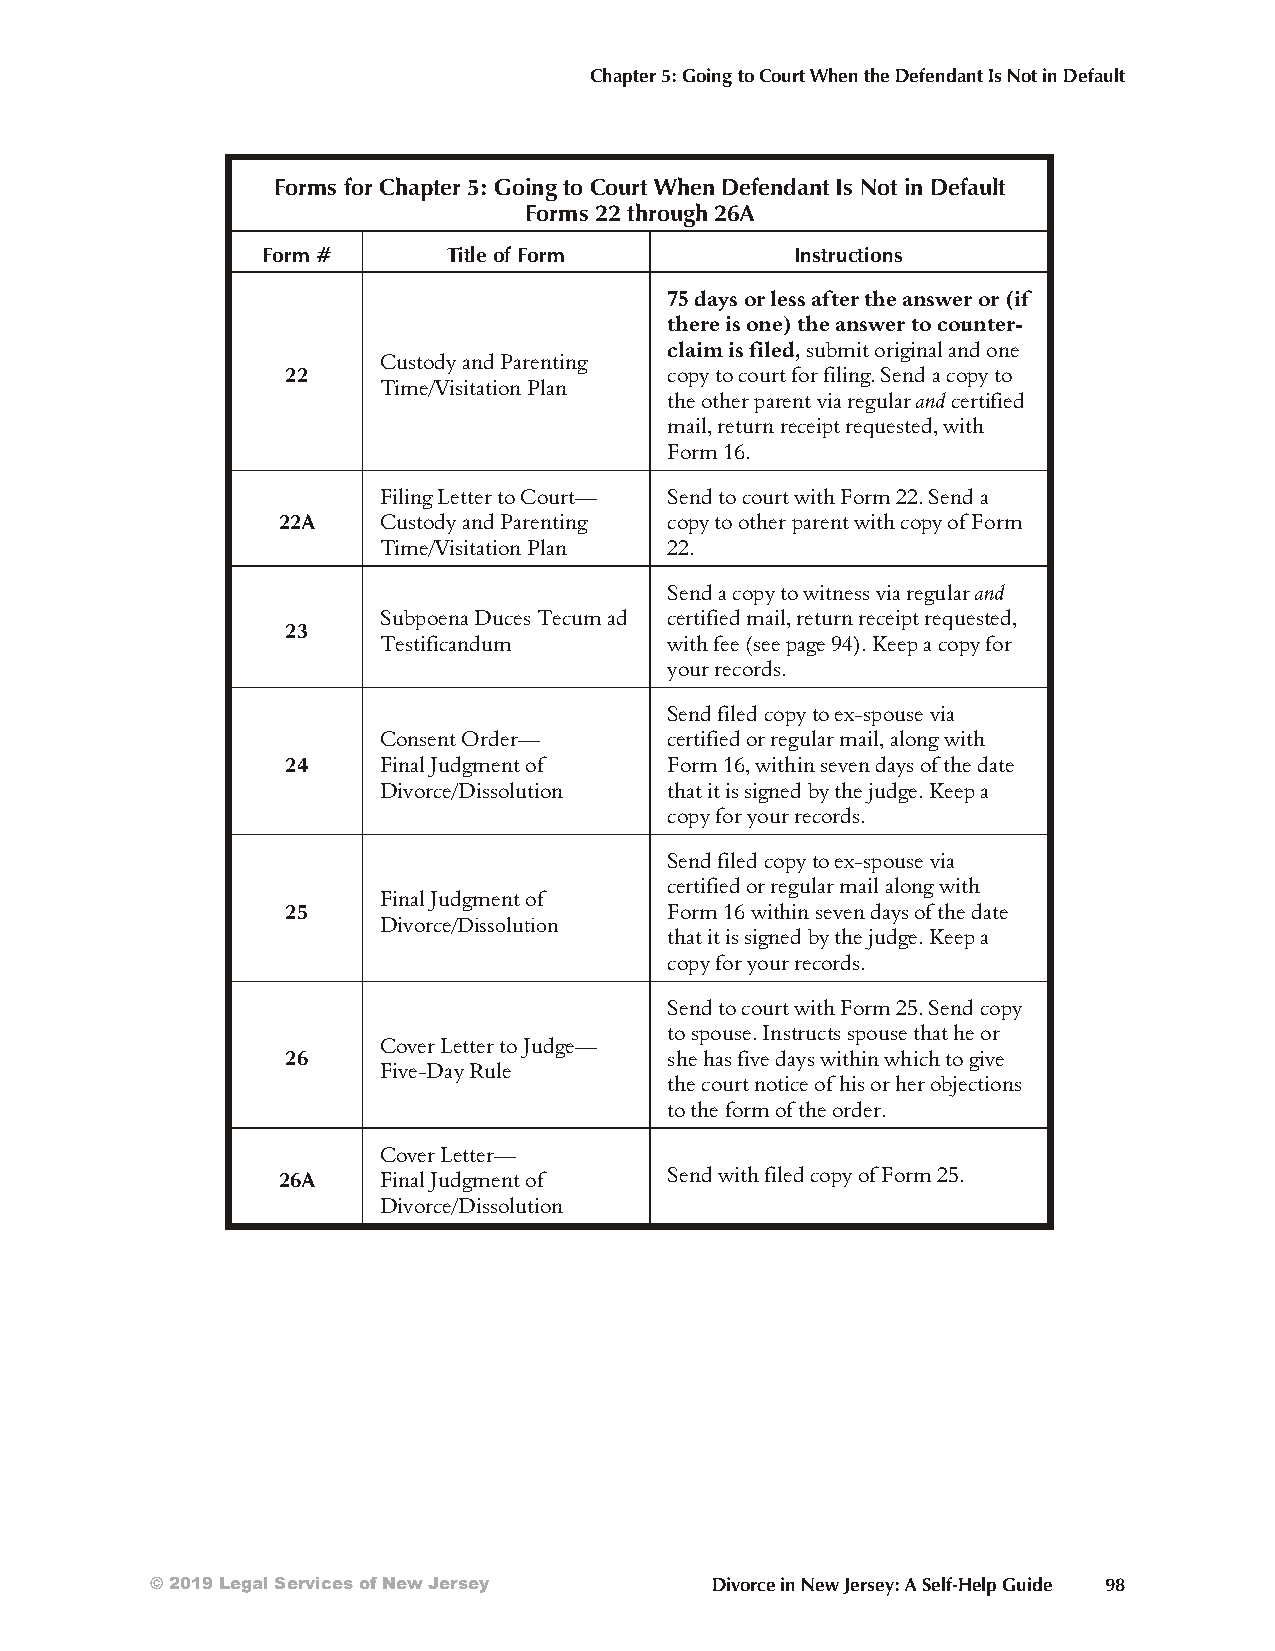
Chapter 5: Going to Court When the Defendant Is Not in Default
 Forms for Chapter 5: Going to Court When Defendant Is Not in Default
 Forms 22 through 26A
 Form #       Title of Form          Instructions
 75 days or less af ter the an swer or (if
 there is one) the an swer to coun ter -
 claim is filed, sub mit orig in al and one
 Custody and Parenting
 22                       copy to court for fil ing. Send a copy to
 Time/Visitation Plan
 the other par ent via reg u lar and cer ti fied
 mail, re turn re ceipt re quested, with
 Form 16.
 Filing Letter to Court— Send to court with Form 22. Send a
 22A    Custody and Parenting copy to other parent with copy of Form
 Time/Visitation Plan 22.
 Send a copy to witness via regular and
 Subpoena Duces Tecum ad certified mail, return receipt requested,
 23
 Testificandum      with fee (see page 94). Keep a copy for
 your records.
 Send filed copy to ex-spouse via
 Consent Order—     certified or regular mail, along with
 24    Final Judgment of  Form 16, within seven days of the date
 Divorce/Dissolution that it is signed by the judge. Keep a
 copy for your records.
 Send filed copy to ex-spouse via
 certified or regular mail along with
 Final Judgment of
 25                       Form 16 within seven days of the date
 Divorce/Dissolution
 that it is signed by the judge. Keep a
 copy for your records.
 Send to court with Form 25. Send copy
 to spouse. Instructs spouse that he or
 Cover Letter to Judge—
 26                       she has five days within which to give
 Five-Day Rule
 the court notice of his or her objections
 to the form of the order.
 Cover Letter—
 26A    Final Judgment of  Send with filed copy of Form 25.
 Divorce/Dissolution
 © 2019 Legal Services of New Jersey  Divorce in New Jersey: A Self-Help Guide 98